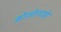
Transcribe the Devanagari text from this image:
कोलोनाडो